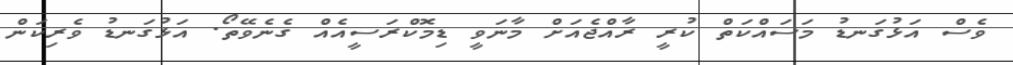
ވެސް އަޅުގަނޑު މަސައްކަތް ކުރީ ރާއްޖެއަށް މާނަވީ ޑިމޮކްރަސީއެއް ގެނެވޭތޯ. އަޅުގަނޑު ވެރިކަން